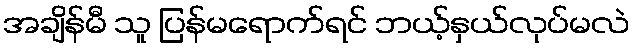
အချိန်မီ သူ ပြန်မရောက်ရင် ဘယ့်နှယ်လုပ်မလဲ